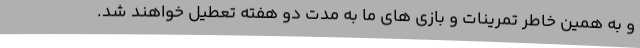
و به همین خاطر تمرینات و بازی های ما به مدت دو هفته تعطیل خواهند شد.